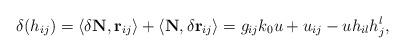
LaTeX: \begin{align*}\delta(h_{ij}) = \langle \delta\mathbf{N}, \mathbf{r}_{ij} \rangle + \langle \mathbf{N}, \delta\mathbf{r}_{ij} \rangle = g_{ij}k_0u + u_{ij} - uh_{il}h_j^l,\end{align*}